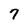
Character: 7